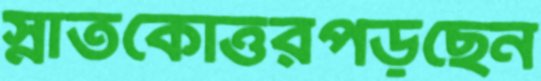
স্নাতকোত্তরপড়ছেন